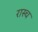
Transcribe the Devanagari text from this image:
रास्च